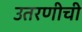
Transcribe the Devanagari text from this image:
उतरणीची